65_HS1-834228961_62-HQ-83894_Section_5
Agency: FBI
Page 78
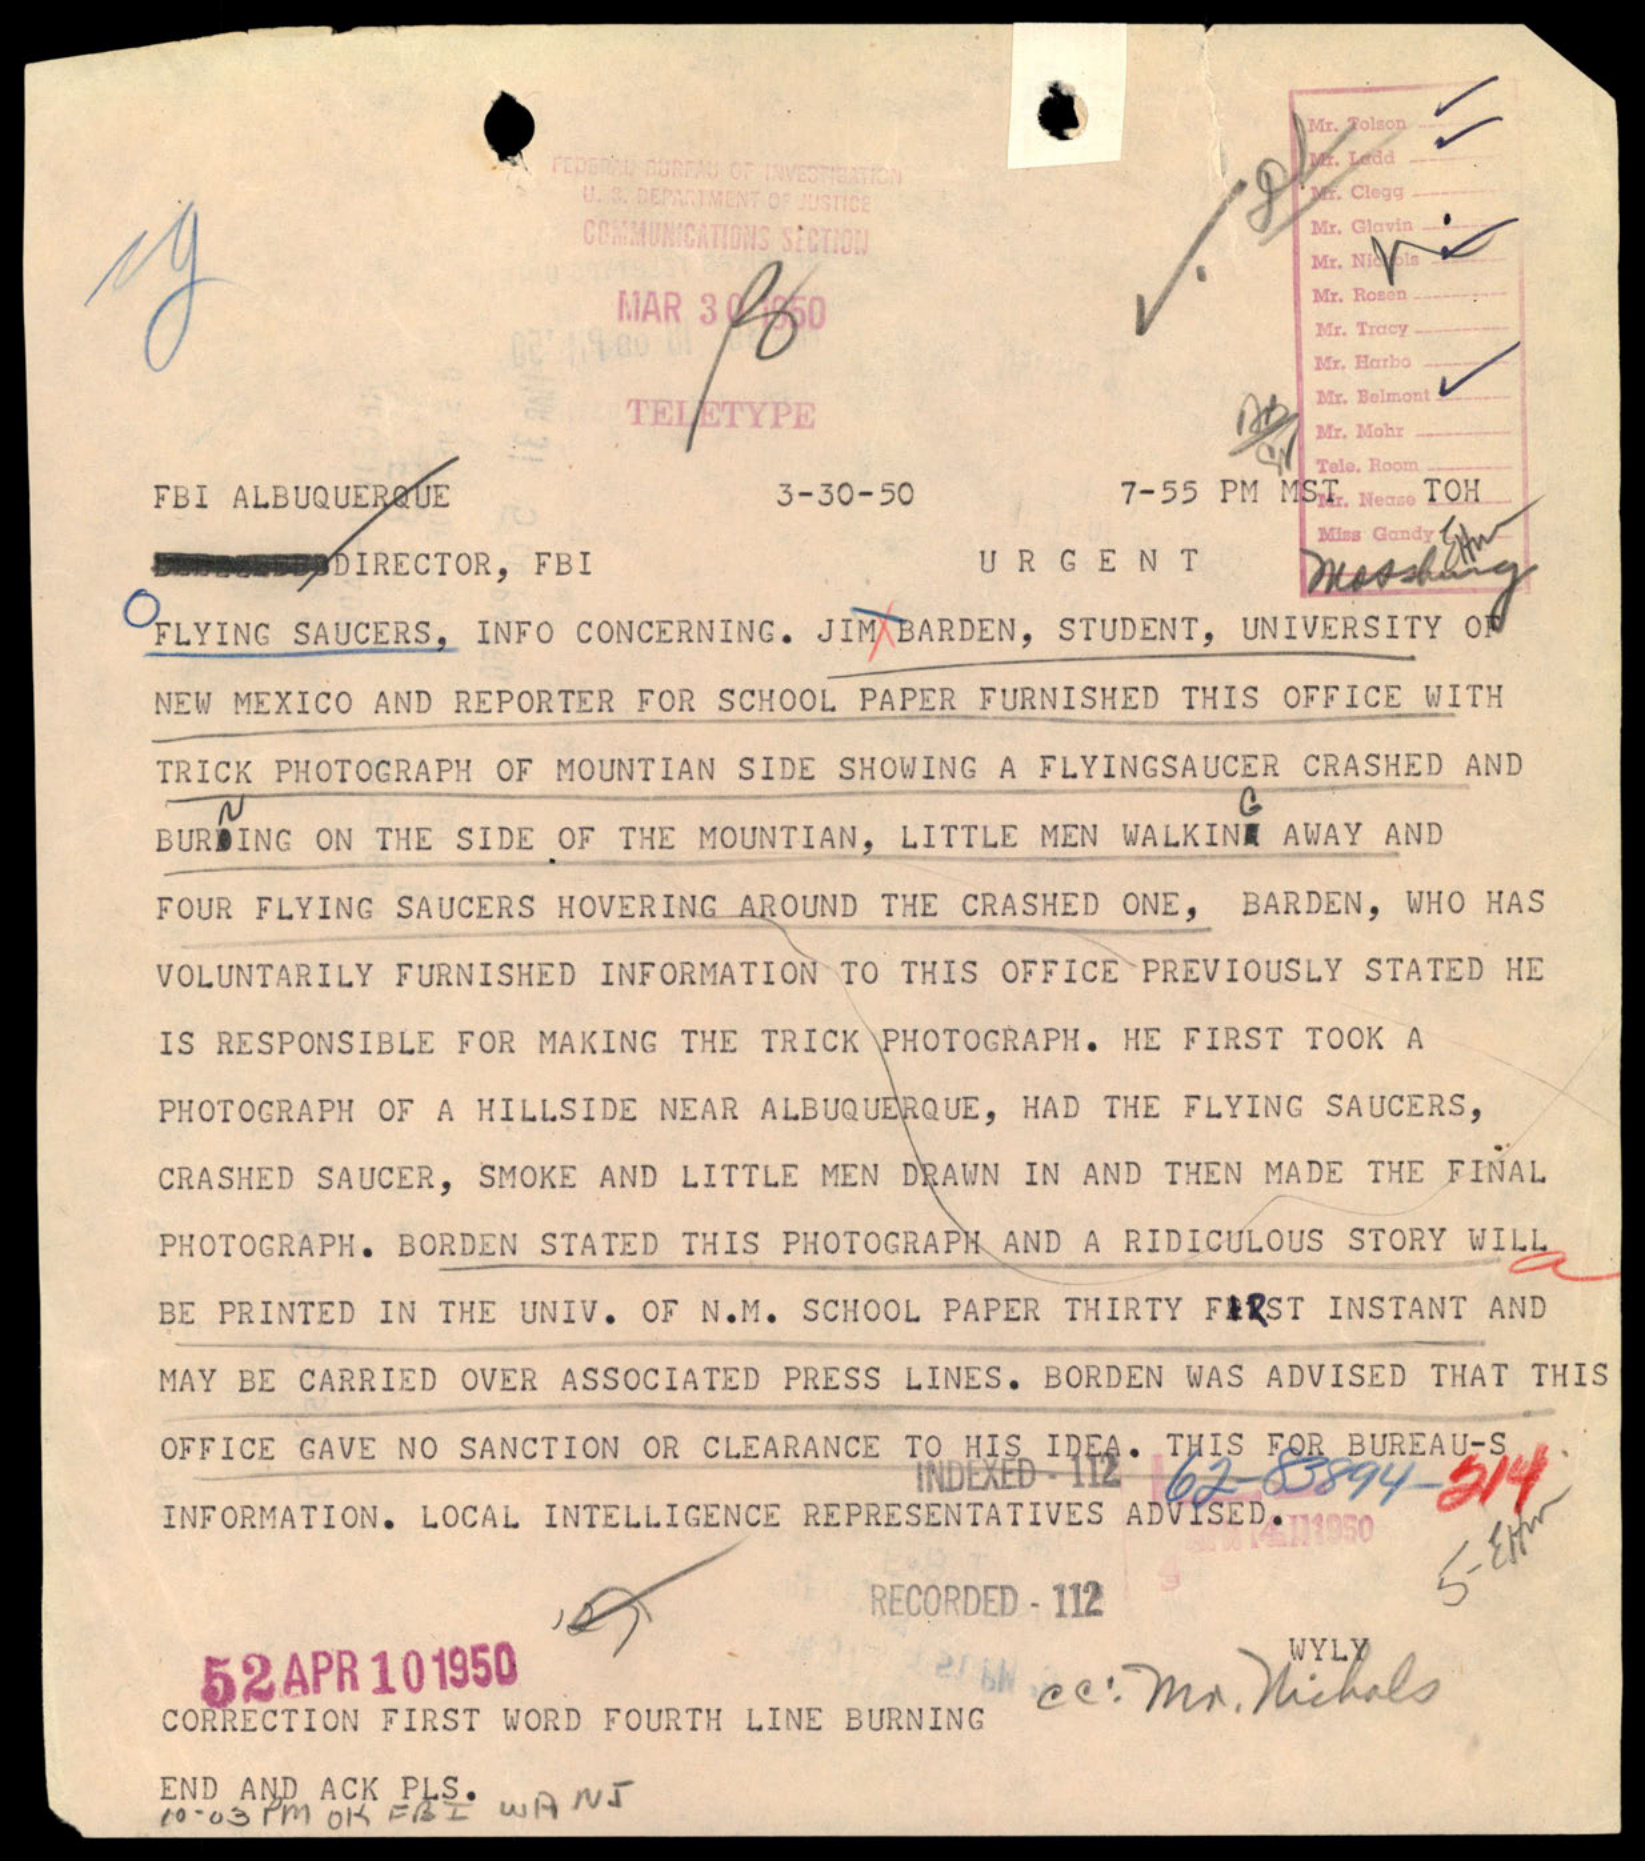